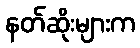
နတ်ဆိုးများက